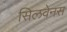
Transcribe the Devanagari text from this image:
सिलवेनस